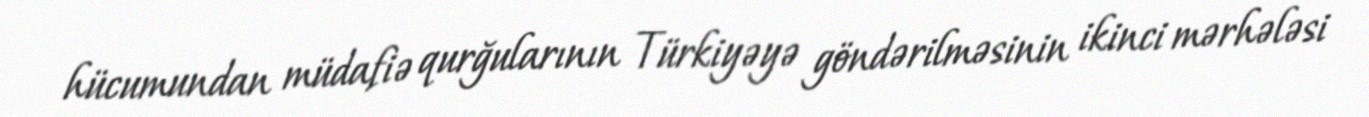
hücumundan müdafiə qurğularının Türkiyəyə göndərilməsinin ikinci mərhələsi